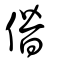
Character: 僭